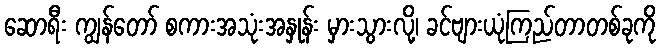
ဆောရီး ကျွန်တော် စကားအသုံးအနှုန်း မှားသွားလို့၊ ခင်ဗျားယုံကြည်တာတစ်ခုကို